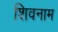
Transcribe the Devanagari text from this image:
शिवनाम